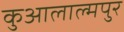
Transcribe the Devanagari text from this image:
कुआलाल्मपुर